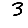
Digit: 3